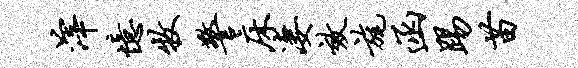
滓忆牧警床凄效旄函踢苗